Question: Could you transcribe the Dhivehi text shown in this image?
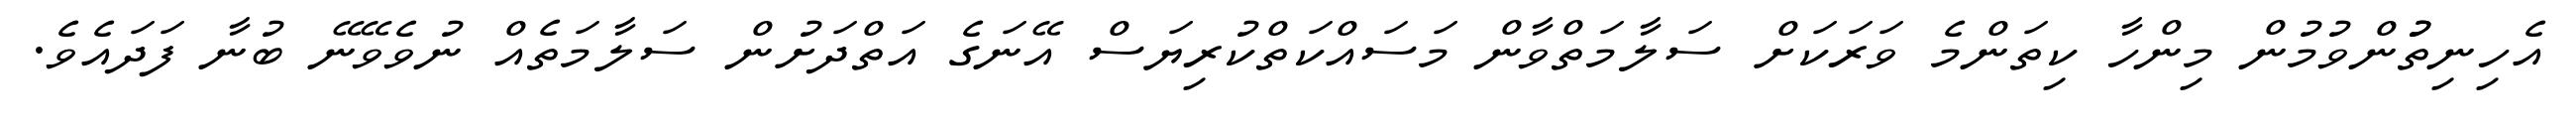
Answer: އެހިނިތުުންވުމުން މިންހާ ކިތަންމެ ވަރަކަށް ސަލާމަތްވާން މަސައްކަތްކުރިޔަސް އޭނަގެ އަތްދަށުން ސަލާމަތެއް ނުވެވޭނޭ ބުނާ ފަދައެވެ.